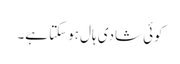
کوئی شادی ہال ہوسکتا ہے۔